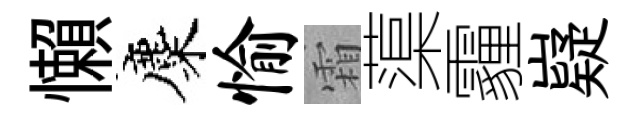
懶麋愉霜蕖霾嶷